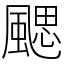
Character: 颸